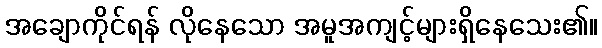
အချောကိုင်ရန် လိုနေသော အမူအကျင့်များရှိနေသေး၏။